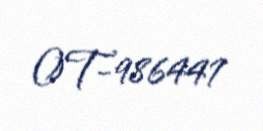
OT-986447